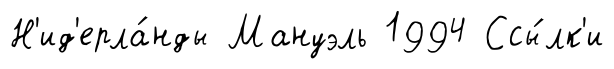
Н'ид'ерла́нды Мануэль 1994 Ссы́лк'и